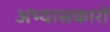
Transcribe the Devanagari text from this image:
अभ्‍यासकारों